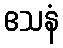
ဧသနံ